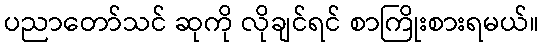
ပညာတော်သင် ဆုကို လိုချင်ရင် စာကြိုးစားရမယ်။